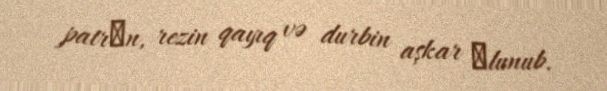
patrоn, rezin qayıq və durbin aşkar оlunub.